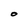
Character: O